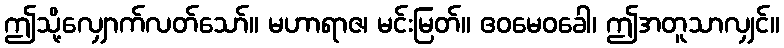
ဤသို့လျှောက်လတ်သော်။ မဟာရာဇ၊ မင်းမြတ်။ ဧဝမေဝခေါ၊ ဤအတူသာလျှင်။